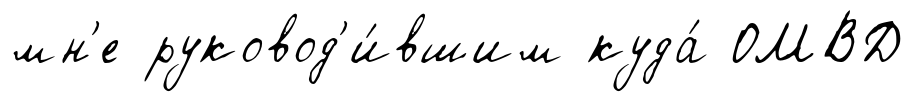
мн'е руковод'и́вшим куда́ ОМВД